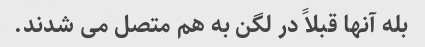
بله آنها قبلاً در لگن به هم متصل می شدند.